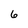
Character: 6